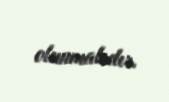
olunmalıdır.